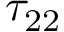
\tau _ { 2 2 }